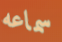
سماعه